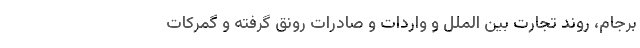
برجام، روند تجارت بین الملل و واردات و صادرات رونق گرفته و گمرکات